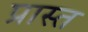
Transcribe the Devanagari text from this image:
प्रास्त